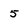
Character: 5